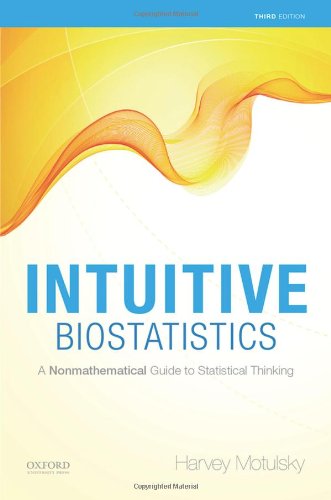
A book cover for Intuitive Biostatistics: A Nonmathematical Guide to Statistical Thinking, 3rd edition; Harvey Motulsky; Medical Books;